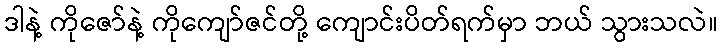
ဒါနဲ့ ကိုဇော်နဲ့ ကိုကျော်ဇင်တို့ ကျောင်းပိတ်ရက်မှာ ဘယ် သွားသလဲ။